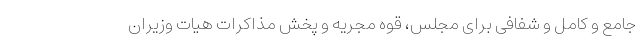
جامع و کامل و شفافی برای مجلس، قوه مجریه و پخش مذاکرات هیات وزیران